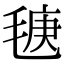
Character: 𣮣